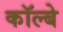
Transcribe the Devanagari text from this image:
कॉल्बे